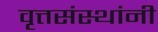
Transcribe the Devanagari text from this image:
वृत्तसंस्थांनी